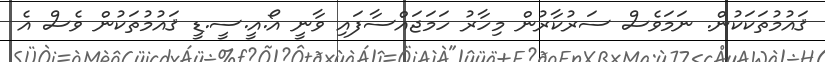
ޤައުމުތަކަކުން. ނަމަވެސް ސަރުކާރުން މިހާރު ހަމަޖައްސާފައި ވާނީ އޯ.އީ.ސީ.ޑީ ޤައުމުތަކުން ވެސް އެ